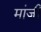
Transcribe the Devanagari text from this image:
मांजी